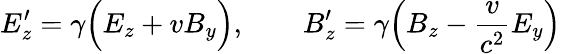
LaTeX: E_{z}^{\prime}=\gamma\Big(E_{z}+vB_{y}\Big),\qquad B_{z}^{\prime}=\gamma\Big(B_{z}-\frac{v}{c^{2}}E_{y}\Big)